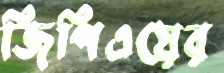
জিপিএয়ের